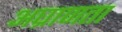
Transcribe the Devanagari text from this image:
अघ्राणता